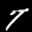
Label: 7